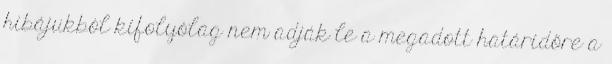
hibájukból kifolyólag nem adják le a megadott határidőre a